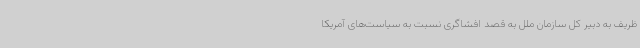
ظریف به دبیر کل سازمان ملل به قصد افشاگری نسبت به سیاست‌های آمریکا